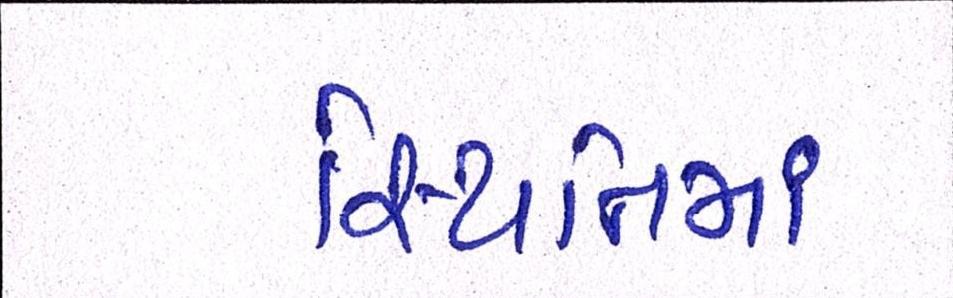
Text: સ્થિતિમાં